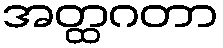
အတ္ထဂတာ